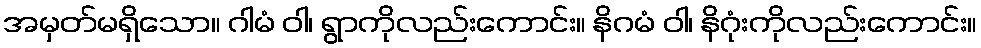
အမှတ်မရှိသော။ ဂါမံ ဝါ၊ ရွာကိုလည်းကောင်း။ နိဂမံ ဝါ၊ နိဂုံးကိုလည်းကောင်း။